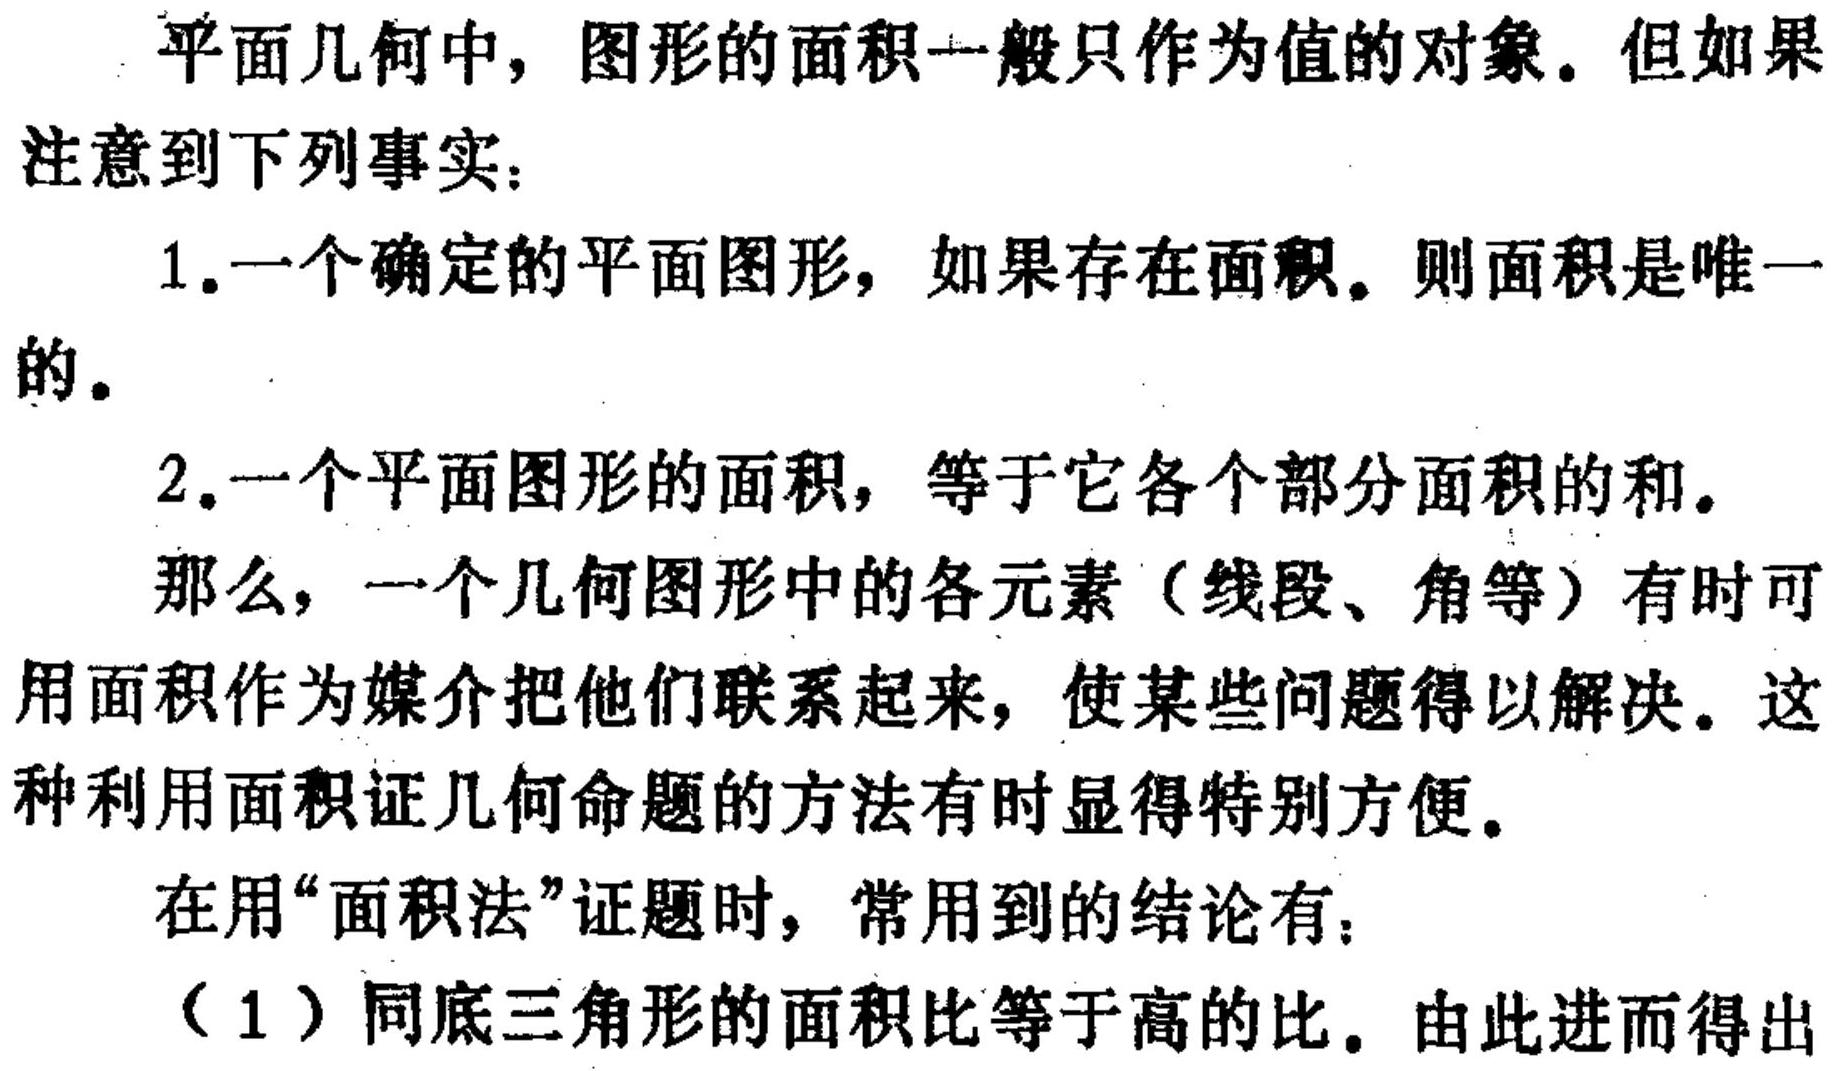
平面几何中，图形的面积一般只作为值的对象。但如果
注意到下列事实：
1.一个确定的平面图形，如果存在面积。则面积是唯一
的。
2.一个平面图形的面积，等于它各个部分面积的和。
那么，一个几何图形中的各元素（线段、角等）有时可
用面积作为媒介把他们联系起来，使某些问题得以解决。这
种利用面积证几何命题的方法有时显得特别方便。
在用“面积法”证题时，常用到的结论有：
（1）同底三角形的面积比等于高的比。由此进而得出